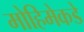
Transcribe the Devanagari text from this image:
मोहिमेकडे